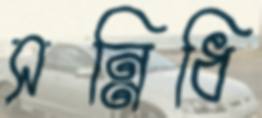
সন্নিধি